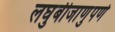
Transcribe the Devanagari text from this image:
लघुबीजाणुपर्ण